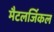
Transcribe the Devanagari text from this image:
मैटलर्जिकल